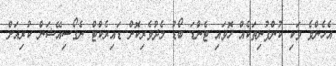
އެހެންވެ ވަކި ކުންފުނިތަކެއް ހޮވައި ޓެންޑަ ބޯޑު މެދުވެރިކޮށް ޑައިރެކްޓް ނެގޯސިއޭޝަން ކުރިއަށް